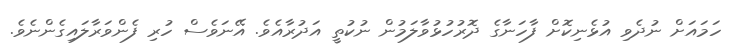
ހަމައަށް ނުދެވި އުޅެނިކޮށް ފާހަނާގެ ދޮރުހުޅުވާލަމުން ނުކުތީ އަދުރާއެވެ. އޭނަވެސް ހުރި ފެންވަރާލައިގެންނެވެ.